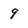
Character: 9